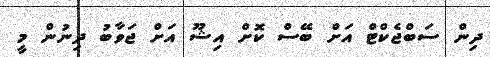
ދިން ސަބްޖެކްޓް އަށް ބޭސް ކޮށް އިޝޫ އަށް ޖަވާބު ދިނުން މީ